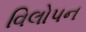
વિલોપન